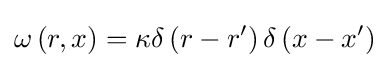
\omega \left(r,x\right)=\kappa \delta \left(r-r'\right)\delta \left(x-x'\right)